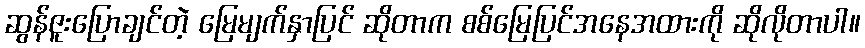
ဆွန်ဇူးပြောချင်တဲ့ မြေမျက်နှာပြင် ဆိုတာက စစ်မြေပြင်အနေအထားကို ဆိုလိုတာပါ။